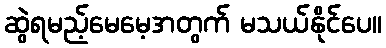
ဆွဲရမည့်မေမေ့အတွက် မသယ်နိုင်ပေ။